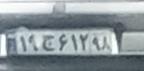
۱۹ج۶۱۲۹۸